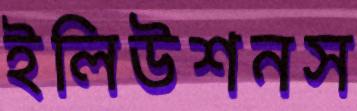
ইলিউশনস